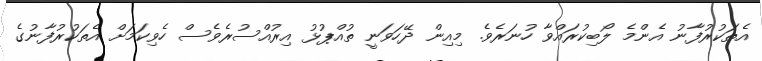
އެތަކުރުފާނު އެންމެ ލޯބިކުރައްވާ ހުނަރެވެ. މިއިން ދޭހަވަނީ ތުއްޕުޅު އިރުއްސުރެވެސް ހެވިކަމަށް އެތަކުރުފާނުގެ